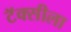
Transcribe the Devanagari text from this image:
टॅक्सीला